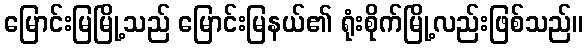
မြောင်းမြမြို့သည် မြောင်းမြနယ်၏ ရုံးစိုက်မြို့လည်းဖြစ်သည်။